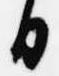
日